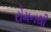
રોમનથી